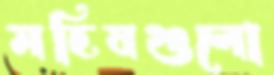
মহিষগুলো